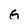
Character: G